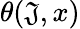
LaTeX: \theta(\mathfrak{J},x)